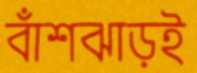
বাঁশঝাড়ই